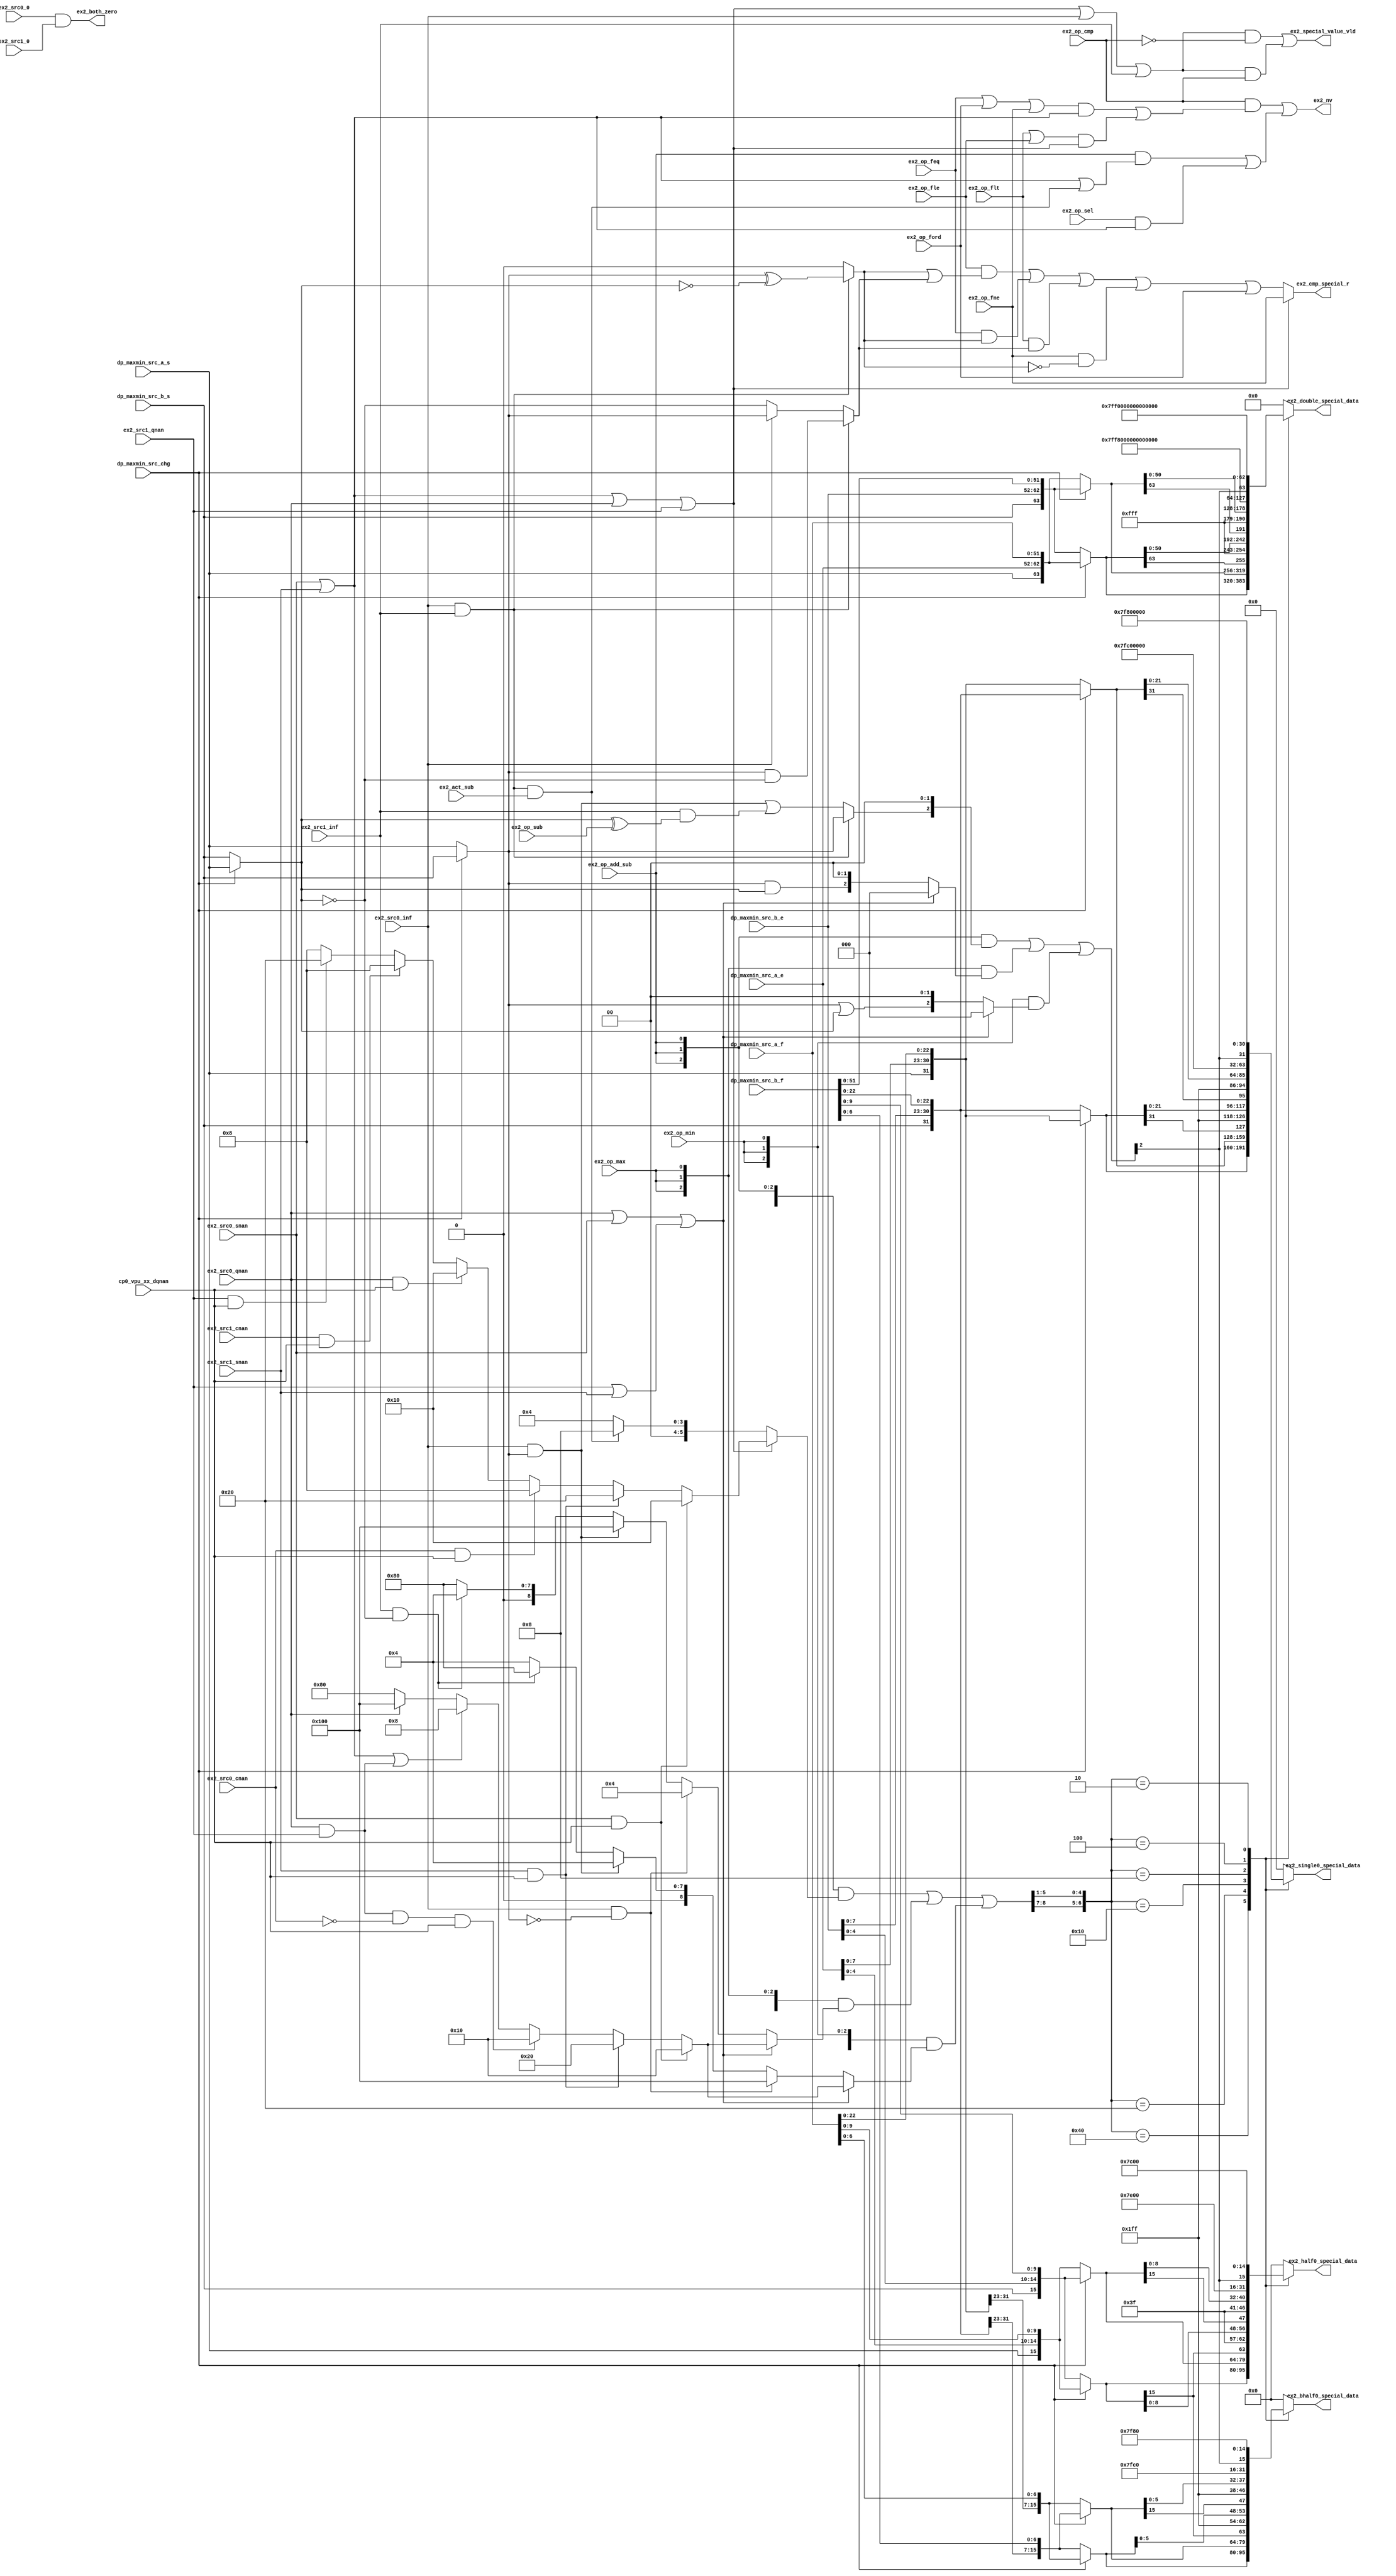
// This program was cloned from: https://github.com/T-head-Semi/openc906
// License: Apache License 2.0

/*Copyright 2020-2021 T-Head Semiconductor Co., Ltd.

Licensed under the Apache License, Version 2.0 (the "License");
you may not use this file except in compliance with the License.
You may obtain a copy of the License at

    http://www.apache.org/licenses/LICENSE-2.0

Unless required by applicable law or agreed to in writing, software
distributed under the License is distributed on an "AS IS" BASIS,
WITHOUT WARRANTIES OR CONDITIONS OF ANY KIND, either express or implied.
See the License for the specific language governing permissions and
limitations under the License.
*/

// &ModuleBeg; @26
module aq_fadd_double_special(
  cp0_vpu_xx_dqnan,
  dp_maxmin_src_a_e,
  dp_maxmin_src_a_f,
  dp_maxmin_src_a_s,
  dp_maxmin_src_b_e,
  dp_maxmin_src_b_f,
  dp_maxmin_src_b_s,
  dp_maxmin_src_chg,
  ex2_act_sub,
  ex2_bhalf0_special_data,
  ex2_both_zero,
  ex2_cmp_special_r,
  ex2_double_special_data,
  ex2_half0_special_data,
  ex2_nv,
  ex2_op_add_sub,
  ex2_op_cmp,
  ex2_op_feq,
  ex2_op_fle,
  ex2_op_flt,
  ex2_op_fne,
  ex2_op_ford,
  ex2_op_max,
  ex2_op_min,
  ex2_op_sel,
  ex2_op_sub,
  ex2_single0_special_data,
  ex2_special_value_vld,
  ex2_src0_0,
  ex2_src0_cnan,
  ex2_src0_inf,
  ex2_src0_qnan,
  ex2_src0_snan,
  ex2_src1_0,
  ex2_src1_cnan,
  ex2_src1_inf,
  ex2_src1_qnan,
  ex2_src1_snan
);

// &Ports; @27
input           cp0_vpu_xx_dqnan;            
input   [10:0]  dp_maxmin_src_a_e;           
input   [51:0]  dp_maxmin_src_a_f;           
input           dp_maxmin_src_a_s;           
input   [10:0]  dp_maxmin_src_b_e;           
input   [52:0]  dp_maxmin_src_b_f;           
input           dp_maxmin_src_b_s;           
input           dp_maxmin_src_chg;           
input           ex2_act_sub;                 
input           ex2_op_add_sub;              
input           ex2_op_cmp;                  
input           ex2_op_feq;                  
input           ex2_op_fle;                  
input           ex2_op_flt;                  
input           ex2_op_fne;                  
input           ex2_op_ford;                 
input           ex2_op_max;                  
input           ex2_op_min;                  
input           ex2_op_sel;                  
input           ex2_op_sub;                  
input           ex2_src0_0;                  
input           ex2_src0_cnan;               
input           ex2_src0_inf;                
input           ex2_src0_qnan;               
input           ex2_src0_snan;               
input           ex2_src1_0;                  
input           ex2_src1_cnan;               
input           ex2_src1_inf;                
input           ex2_src1_qnan;               
input           ex2_src1_snan;               
output  [15:0]  ex2_bhalf0_special_data;     
output          ex2_both_zero;               
output          ex2_cmp_special_r;           
output  [63:0]  ex2_double_special_data;     
output  [15:0]  ex2_half0_special_data;      
output          ex2_nv;                      
output  [31:0]  ex2_single0_special_data;    
output          ex2_special_value_vld;       

// &Regs; @28
reg     [15:0]  ex2_bhalf0_special_data_pre; 
reg     [63:0]  ex2_double_special_data_pre; 
reg     [15:0]  ex2_half0_special_data_pre;  
reg     [31:0]  ex2_single0_special_data_pre; 
reg             ex2_special_feq_rst;         
reg             ex2_special_flt_rst;         
reg     [5 :0]  ex2_special_sel_0_a;         
reg     [5 :0]  ex2_special_sel_0_b;         
reg     [8 :0]  ex2_special_sel_1_a;         
reg     [8 :0]  ex2_special_sel_2_a;         
reg     [8 :0]  ex2_special_sel_2_b;         

// &Wires; @29
wire            cp0_vpu_xx_dqnan;            
wire    [10:0]  dp_maxmin_src_a_e;           
wire    [51:0]  dp_maxmin_src_a_f;           
wire            dp_maxmin_src_a_s;           
wire    [10:0]  dp_maxmin_src_b_e;           
wire    [52:0]  dp_maxmin_src_b_f;           
wire            dp_maxmin_src_b_s;           
wire            dp_maxmin_src_chg;           
wire            ex2_act_sub;                 
wire    [15:0]  ex2_bhalf0_special_data;     
wire    [6 :0]  ex2_bhalf0_src1_f;           
wire            ex2_both_zero;               
wire            ex2_cmp_nv;                  
wire            ex2_cmp_special_r;           
wire    [63:0]  ex2_double_special_data;     
wire    [51:0]  ex2_double_src1_f;           
wire    [15:0]  ex2_half0_special_data;      
wire    [9 :0]  ex2_half0_src1_f;            
wire            ex2_nv;                      
wire            ex2_nv_add_sub;              
wire            ex2_nv_eq;                   
wire            ex2_nv_inf;                  
wire            ex2_nv_lt_le;                
wire            ex2_nv_sel;                  
wire            ex2_op_add_sub;              
wire            ex2_op_cmp;                  
wire            ex2_op_feq;                  
wire            ex2_op_fle;                  
wire            ex2_op_flt;                  
wire            ex2_op_fne;                  
wire            ex2_op_ford;                 
wire            ex2_op_max;                  
wire            ex2_op_min;                  
wire            ex2_op_sel;                  
wire            ex2_op_sub;                  
wire    [15:0]  ex2_orig_src0_bhalf;         
wire    [63:0]  ex2_orig_src0_double;        
wire    [15:0]  ex2_orig_src0_half;          
wire            ex2_orig_src0_s;             
wire    [31:0]  ex2_orig_src0_single;        
wire    [15:0]  ex2_orig_src1_bhalf;         
wire    [63:0]  ex2_orig_src1_double;        
wire    [15:0]  ex2_orig_src1_half;          
wire            ex2_orig_src1_s;             
wire    [31:0]  ex2_orig_src1_single;        
wire            ex2_r_inf_sign_0_a;          
wire            ex2_r_inf_sign_0_b;          
wire            ex2_r_inf_sign_0_c;          
wire            ex2_r_inf_sign_2_a;          
wire            ex2_r_inf_sign_2_b;          
wire    [31:0]  ex2_single0_special_data;    
wire    [22:0]  ex2_single0_src1_f;          
wire            ex2_special_fle_rst;         
wire            ex2_special_inf_rst;         
wire    [6 :0]  ex2_special_sel;             
wire    [5 :0]  ex2_special_sel_0;           
wire    [8 :0]  ex2_special_sel_1;           
wire    [8 :0]  ex2_special_sel_2;           
wire    [8 :0]  ex2_special_sel_final_t;     
wire    [2 :0]  ex2_special_sign_0;          
wire    [2 :0]  ex2_special_sign_1;          
wire    [2 :0]  ex2_special_sign_1_a;        
wire    [2 :0]  ex2_special_sign_2;          
wire    [2 :0]  ex2_special_sign_2_a;        
wire    [2 :0]  ex2_special_sign_2_b;        
wire    [2 :0]  ex2_special_sign_final;      
wire            ex2_special_value_vld;       
wire            ex2_src0_0;                  
wire    [31:0]  ex2_src0_bhalf;              
wire            ex2_src0_cnan;               
wire    [63:0]  ex2_src0_double;             
wire    [10:0]  ex2_src0_e;                  
wire    [51:0]  ex2_src0_f;                  
wire    [31:0]  ex2_src0_half;               
wire            ex2_src0_inf;                
wire            ex2_src0_nan;                
wire            ex2_src0_qnan;               
wire            ex2_src0_s;                  
wire    [31:0]  ex2_src0_single;             
wire            ex2_src0_snan;               
wire            ex2_src1_0;                  
wire    [31:0]  ex2_src1_bhalf;              
wire            ex2_src1_cnan;               
wire    [63:0]  ex2_src1_double;             
wire    [10:0]  ex2_src1_e;                  
wire    [31:0]  ex2_src1_half;               
wire            ex2_src1_inf;                
wire            ex2_src1_nan;                
wire            ex2_src1_qnan;               
wire            ex2_src1_s;                  
wire    [52:0]  ex2_src1_sel;                
wire    [31:0]  ex2_src1_single;             
wire            ex2_src1_snan;               
wire            ex2_src_chg;                 
wire            fadd_ex2_dp_wb_vld;          
wire            fadd_ex2_float_nv;           
wire            fadd_ex2_rtu_wb_vld;         

//special result calculation
//Add/Sub, all op is add
//|  S0  |  S1  | Result |Result Sign|Result f| Expt|
//  snan           qnan     s0            f0     nv
//         snan |  qnan     s1            f1    nv
//  qnan           qnan     s0            f0
//         qnan    qnan     s1            f1
//   inf   no inf  inf      s0            f0
//   inf    inf    inf      s0
//  no inf  inf    inf      s1            f1
//   inf  - inf    cnan                          nv
//CMP
//|  S0  |  S1  | Result |Result Sign|Result f| Expt|
//  snan            0                            nv
//         snan     0                            nv
//  qnan            0
//         qnan     0
//
//MAX/MIN
//|  S0  |  S1  | Result |Result Sign|Result f| Expt|
//  snan   qnan    snan                          nv
//  snan    nm     qnan                          nv
//  nm     snan    qnan                          nv
//  qnan    nm      nm
//  nm     qnan     nm
// Tips:cnan seem as qnan in op

//assign ex2_src_a_f[52:0]              = dp_maxmin_src_a_f[52:0];
//assign ex2_src_a_e[10:0]              = dp_maxmin_src_a_e[10:0];
//assign ex2_src_a_s                    = dp_maxmin_src_a_s;
//assign ex2_src1_sel[63:0]             = dp_maxmin_src_b[63:0];
assign ex2_src0_f[51:0]              = dp_maxmin_src_a_f[51:0];
assign ex2_src0_e[10:0]              = dp_maxmin_src_a_e[10:0];
assign ex2_src0_s                    = dp_maxmin_src_a_s;
//assign ex2_src1_sel[63:0]             = dp_maxmin_src_b[63:0];

assign ex2_src_chg                    = dp_maxmin_src_chg;
assign ex2_src1_e[10:0]               = dp_maxmin_src_b_e[10:0];
assign ex2_src1_sel[52:0]             = dp_maxmin_src_b_f[52:0];
assign ex2_src1_s                     = dp_maxmin_src_b_s;

//assign ex2_src_chg                    = dp_maxmin_src_chg;

assign ex2_double_src1_f[51:0]        = ex2_src1_sel[51:0];
assign ex2_single0_src1_f[22:0]       = ex2_src1_sel[22:0];
assign ex2_half0_src1_f[9:0]          = ex2_src1_sel[9:0];
assign ex2_bhalf0_src1_f[6:0]         = ex2_src1_sel[6:0];


assign ex2_src0_double[63:0]     = {ex2_src0_s, ex2_src0_e[10:0], ex2_src0_f[51:0]};
assign ex2_src0_single[31:0]     = {ex2_src0_s, ex2_src0_e[ 7:0], ex2_src0_f[22:0]};
assign ex2_src0_half[31:0]       = {16'hffff,ex2_src0_s, ex2_src0_e[ 4:0], ex2_src0_f[9:0]};
assign ex2_src0_bhalf[31:0]      = {16'hffff,ex2_src0_s, ex2_src0_e[ 7:0], ex2_src0_f[6:0]};
                                           
assign ex2_src1_double[63:0]     = {ex2_src1_s, ex2_src1_e[10:0], ex2_double_src1_f[51:0]};
assign ex2_src1_single[31:0]     = {ex2_src1_s, ex2_src1_e[7:0], ex2_single0_src1_f[22:0]};
assign ex2_src1_half[31:0]       = {16'hffff,ex2_src1_s, ex2_src1_e[ 4:0], ex2_half0_src1_f[9:0]};
assign ex2_src1_bhalf[31:0]      = {16'hffff,ex2_src1_s, ex2_src1_e[ 7:0], ex2_bhalf0_src1_f[6:0]};


assign ex2_src0_nan  = ex2_src0_qnan || ex2_src0_snan;
assign ex2_src1_nan  = ex2_src1_qnan || ex2_src1_snan;

assign ex2_both_zero = ex2_src0_0 && ex2_src1_0;


assign ex2_nv_add_sub = ex2_src0_snan || ex2_src1_snan || (ex2_src0_inf && ex2_src1_inf) && ex2_act_sub;
assign ex2_nv_inf     = (ex2_src0_inf && ex2_src1_inf) && ex2_act_sub;
assign ex2_nv_lt_le   = ex2_src0_snan || ex2_src1_snan || ex2_src0_qnan || ex2_src1_qnan;
assign ex2_nv_eq      = ex2_src0_snan || ex2_src1_snan;
assign ex2_nv_sel     = ex2_src0_snan || ex2_src1_snan;
assign ex2_orig_src0_s = ex2_src_chg ? ex2_src1_s : ex2_src0_s;
assign ex2_orig_src1_s = ex2_src_chg ? ex2_src0_s : ex2_src1_s;

// for add/sub nan
// qnan_src1,qnan_src0,cnan,inf,zero,src2, 6 bit
// &CombBeg; @106
always @( ex2_src0_snan
       or ex2_src1_snan
       or ex2_src0_cnan
       or ex2_src0_qnan
       or ex2_src1_cnan
       or ex2_src1_qnan
       or cp0_vpu_xx_dqnan)
begin
if(ex2_src0_snan && cp0_vpu_xx_dqnan)
  ex2_special_sel_0_a[5:0] = {1'b0, 1'b1, 4'b0};  // src0_qnan
else if(ex2_src1_snan && cp0_vpu_xx_dqnan)
  ex2_special_sel_0_a[5:0] = {1'b1, 5'b0};        // src1_qnan
else if(ex2_src0_cnan && cp0_vpu_xx_dqnan)
  ex2_special_sel_0_a[5:0] = {2'b0, 1'b1, 3'b0};  // cnan
else if(ex2_src0_qnan  && cp0_vpu_xx_dqnan)
  ex2_special_sel_0_a[5:0] = {1'b0, 1'b1, 4'b0};  // src0_qnan
else if(ex2_src1_cnan  && cp0_vpu_xx_dqnan)
  ex2_special_sel_0_a[5:0] = {2'b0, 1'b1, 3'b0};  // cnan
else if(ex2_src1_qnan  && cp0_vpu_xx_dqnan)
  ex2_special_sel_0_a[5:0] = {1'b1, 5'b0};        // src1_qnan
else
  ex2_special_sel_0_a[5:0] = {2'b0, 1'b1, 3'b0};
// &CombEnd; @121
end

// for add/sub inf
// falu,qnan_src2,qnan_src1,qnan_src0,cnan,inf,zero,src2, 8 bit
// &CombBeg; @125
always @( ex2_nv_inf)
begin
  if(ex2_nv_inf)
    ex2_special_sel_0_b[5:0] = {2'b0, 1'b1, 3'b0}; // inf - inf, rst is cnan
  else
    ex2_special_sel_0_b[5:0] = {3'b0, 1'b1, 2'b0}; // inf
// &CombEnd; @130
end
assign ex2_special_sel_0[5:0] = ex2_nv_lt_le ? ex2_special_sel_0_a[5:0] : ex2_special_sel_0_b[5:0];

// for both inf
assign ex2_r_inf_sign_0_b      = ex2_orig_src0_s;
// for only one inf
assign ex2_r_inf_sign_0_a      = ex2_src0_inf && ex2_orig_src0_s || ex2_src1_inf && (ex2_orig_src1_s ^ ex2_op_sub);
// merge two situation
assign ex2_r_inf_sign_0_c      = ex2_src0_inf && ex2_src1_inf ? ex2_r_inf_sign_0_b : ex2_r_inf_sign_0_a;
assign ex2_special_sign_0[2:0] = {ex2_r_inf_sign_0_c,2'b0};



// for max/min, has nan
// src1, src0, qnan_src2,qnan_src1,qnan_src0,cnan,inf,zero,src2
// &CombBeg; @145
always @( ex2_src0_snan
       or ex2_src1_snan
       or ex2_src0_qnan
       or ex2_src1_qnan
       or ex2_src0_cnan
       or cp0_vpu_xx_dqnan)
begin
if(ex2_src0_snan && cp0_vpu_xx_dqnan)
  ex2_special_sel_1_a[8:0] = {4'b0, 1'b1, 4'b0};  // qnan_src0
else if(ex2_src1_snan && cp0_vpu_xx_dqnan)
  ex2_special_sel_1_a[8:0] = {3'b0, 1'b1, 5'b0};  // qnan_src1
else if(ex2_src0_qnan && ex2_src1_qnan && !ex2_src0_cnan && cp0_vpu_xx_dqnan)
  ex2_special_sel_1_a[8:0] = {4'b0, 1'b1, 4'b0};  // qnan_src0
else if(ex2_src0_snan || ex2_src1_snan || ex2_src0_qnan && ex2_src1_qnan)
  ex2_special_sel_1_a[8:0] = {5'b0, 1'b1, 3'b0};  // cnan
else if(ex2_src0_qnan)
  ex2_special_sel_1_a[8:0] = {1'b1, 1'b0, 7'b0};  // src1
else// if(ex2_src1_qnan)
  ex2_special_sel_1_a[8:0] = {1'b0, 1'b1, 7'b0};  // src0
// &CombEnd; @158
end

assign ex2_special_sign_1_a[2:0] = 3'b0;


// max inf
// 8      7   
// src1, src0, qnan_src1,qnan_src0,cnan,inf,zero,src2
// &CombBeg; @166
always @( ex2_orig_src0_s
       or ex2_src0_inf
       or ex2_orig_src1_s
       or ex2_src1_inf)
begin
if(ex2_src0_inf && !ex2_orig_src0_s)
  ex2_special_sel_2_a[8:0] = {6'b0, 1'b1, 2'b0}; // +inf
else if(ex2_src0_inf && ex2_orig_src0_s)
  ex2_special_sel_2_a[8:0] = {1'b1, 8'b0};       // src1
else if(ex2_src1_inf && !ex2_orig_src1_s)
  ex2_special_sel_2_a[8:0] = {6'b0, 1'b1, 2'b0}; // +inf
else //if(ex2_src1_inf && ex2_orig_src1_s)
  ex2_special_sel_2_a[8:0] = {1'b0, 1'b1, 7'b0}; // src0
// &CombEnd; @175
end
assign ex2_r_inf_sign_2_a        = ex2_orig_src0_s && ex2_orig_src1_s;
assign ex2_special_sign_2_a[2:0] = {ex2_r_inf_sign_2_a, 2'b0};

// min inf
// src1, src0, qnan_src1,qnan_src0,cnan,inf,zero,src2
// &CombBeg; @181
always @( ex2_orig_src0_s
       or ex2_src0_inf
       or ex2_orig_src1_s
       or ex2_src1_inf)
begin
if(ex2_src0_inf && !ex2_orig_src0_s)
  ex2_special_sel_2_b[8:0] = {1'b1, 8'b0};       // src1
else if(ex2_src0_inf && ex2_orig_src0_s)
  ex2_special_sel_2_b[8:0] = {6'b0, 1'b1, 2'b0}; // -inf
else if(ex2_src1_inf && !ex2_orig_src1_s)
  ex2_special_sel_2_b[8:0] = {1'b0, 1'b1, 7'b0}; // src0
else //if(ex2_src1_inf && ex2_orig_src1_s)
  ex2_special_sel_2_b[8:0] = {6'b0, 1'b1, 2'b0}; // -inf
// &CombEnd; @190
end
assign ex2_r_inf_sign_2_b        =  ex2_orig_src0_s || ex2_orig_src1_s;
assign ex2_special_sign_2_b[2:0] = {ex2_r_inf_sign_2_b, 2'b0};

//max result merge
assign ex2_special_sel_1[8:0]  = (ex2_src0_nan || ex2_src1_nan) ? ex2_special_sel_1_a[8:0]  : ex2_special_sel_2_a[8:0];
assign ex2_special_sign_1[2:0] = (ex2_src0_nan || ex2_src1_nan) ? ex2_special_sign_1_a[2:0] : ex2_special_sign_2_a[2:0];

//min result merge
assign ex2_special_sel_2[8:0]  = (ex2_src0_nan || ex2_src1_nan) ? ex2_special_sel_1_a[8:0]  : ex2_special_sel_2_b[8:0];
assign ex2_special_sign_2[2:0] = (ex2_src0_nan || ex2_src1_nan) ? ex2_special_sign_1_a[2:0] : ex2_special_sign_2_b[2:0];

//assign ex2_special_sel_final[7:0]   = {|ex2_special_sel_final_t[8:7], ex2_special_sel_final_t[6:0]};
assign ex2_special_sel_final_t[8:0] = {9{ex2_op_add_sub}} & {3'b0, ex2_special_sel_0[5:0]} |
                                      {9{ex2_op_max}}     & ex2_special_sel_1[8:0]         |
                                      {9{ex2_op_min}}     & ex2_special_sel_2[8:0];
assign ex2_special_sign_final[2:0]  = {3{ex2_op_add_sub}} & ex2_special_sign_0[2:0] |
                                      {3{ex2_op_max}}     & ex2_special_sign_1[2:0] |
                                      {3{ex2_op_min}}     & ex2_special_sign_2[2:0];

//src1, src0, qnan_src2,qnan_src1,qnan_src0,cnan,inf,zero,src2

assign ex2_special_sel[6:0] = {ex2_special_sel_final_t[8:7],ex2_special_sel_final_t[5:1]};
assign ex2_orig_src1_double[63:0] = ex2_src_chg ? ex2_src0_double[63:0] : ex2_src1_double[63:0];
assign ex2_orig_src0_double[63:0] = ex2_src_chg ? ex2_src1_double[63:0] : ex2_src0_double[63:0];
assign ex2_orig_src1_single[31:0] = ex2_src_chg ? ex2_src0_single[31:0] : ex2_src1_single[31:0];
assign ex2_orig_src0_single[31:0] = ex2_src_chg ? ex2_src1_single[31:0] : ex2_src0_single[31:0];
assign ex2_orig_src1_half[15:0]   = ex2_src_chg ? ex2_src0_half[15:0]   : ex2_src1_half[15:0];
assign ex2_orig_src0_half[15:0]   = ex2_src_chg ? ex2_src1_half[15:0]   : ex2_src0_half[15:0];
assign ex2_orig_src1_bhalf[15:0]  = ex2_src_chg ? ex2_src0_bhalf[15:0]  : ex2_src1_bhalf[15:0];
assign ex2_orig_src0_bhalf[15:0]  = ex2_src_chg ? ex2_src1_bhalf[15:0]  : ex2_src0_bhalf[15:0];
//src1, src0, qnan_src1,qnan_src0,cnan,inf,zero,
// &CombBeg; @222
always @( ex2_orig_src0_double[63:0]
       or ex2_orig_src1_double[63:0]
       or ex2_orig_src1_single[31:0]
       or ex2_orig_src0_half[15:0]
       or ex2_orig_src1_half[15:0]
       or ex2_special_sign_final[2]
       or ex2_orig_src0_bhalf[15:0]
       or ex2_orig_src0_single[31:0]
       or ex2_orig_src1_bhalf[15:0]
       or ex2_special_sel[6:0])
begin
case(ex2_special_sel[6:0])
7'h40: begin
        ex2_double_special_data_pre[63:0]   = ex2_orig_src1_double[63:0];
        ex2_single0_special_data_pre[31:0]  = ex2_orig_src1_single[31:0];
        ex2_half0_special_data_pre[15:0]    = ex2_orig_src1_half[15:0];
        ex2_bhalf0_special_data_pre[15:0]   = ex2_orig_src1_bhalf[15:0];
        end
7'h20: begin
        ex2_double_special_data_pre[63:0]   = ex2_orig_src0_double[63:0];
        ex2_single0_special_data_pre[31:0]  = ex2_orig_src0_single[31:0];
        ex2_half0_special_data_pre[15:0]    = ex2_orig_src0_half[15:0];
        ex2_bhalf0_special_data_pre[15:0]   = ex2_orig_src0_bhalf[15:0];
        end
7'h10: begin
        ex2_double_special_data_pre[63:0]   = {ex2_orig_src1_double[63],{11{1'b1}},1'b1,ex2_orig_src1_double[50:0]};
        ex2_single0_special_data_pre[31:0]  =  {ex2_orig_src1_single[31],{8{1'b1}},1'b1,ex2_orig_src1_single[21:0]}; 
        ex2_half0_special_data_pre[15:0]    =  {ex2_orig_src1_half[15],{5{1'b1}},1'b1,ex2_orig_src1_half[8:0]};
        ex2_bhalf0_special_data_pre[15:0]   =  {ex2_orig_src1_half[15],{8{1'b1}},1'b1,ex2_orig_src1_bhalf[5:0]};
        end 
7'h8: begin
        ex2_double_special_data_pre[63:0]   = {ex2_orig_src0_double[63],{11{1'b1}},1'b1,ex2_orig_src0_double[50:0]};
        ex2_single0_special_data_pre[31:0]  = {ex2_orig_src0_single[31],{8{1'b1}},1'b1,ex2_orig_src0_single[21:0]};
        ex2_half0_special_data_pre[15:0]    = {ex2_orig_src0_half[15],{5{1'b1}},1'b1,ex2_orig_src0_half[8:0]};
        ex2_bhalf0_special_data_pre[15:0]   = {ex2_orig_src0_bhalf[15],{8{1'b1}},1'b1,ex2_orig_src0_bhalf[5:0]};
        end        
7'h4: begin
        ex2_double_special_data_pre[63:0]   = { 1'b0, {11{1'b1}},1'b1, {51{1'b0}} };
        ex2_single0_special_data_pre[31:0]  = { 1'b0, {8{1'b1}},1'b1, {22{1'b0}} };
        ex2_half0_special_data_pre[15:0]   = { 1'b0, {5{1'b1}},1'b1, {9{1'b0}} };
        ex2_bhalf0_special_data_pre[15:0]   = { 1'b0, {8{1'b1}},1'b1, {6{1'b0}} };
        end        
7'h2: begin
        ex2_double_special_data_pre[63:0]   = {ex2_special_sign_final[2],{11{1'b1}},52'b0};
        ex2_single0_special_data_pre[31:0]  = {ex2_special_sign_final[2],{8{1'b1}},23'b0};
        ex2_half0_special_data_pre[15:0]    = {ex2_special_sign_final[2],{5{1'b1}},10'b0};
        ex2_bhalf0_special_data_pre[15:0]   = {ex2_special_sign_final[2],{8{1'b1}},7'b0};
        end        
default: begin
        ex2_double_special_data_pre[63:0]   = 64'h0;
        ex2_single0_special_data_pre[31:0]  = 32'h0;
        ex2_half0_special_data_pre[15:0]   = 16'h0;
        ex2_bhalf0_special_data_pre[15:0]   = 16'h0;
        end  
endcase
// &CombEnd; @267
end
assign ex2_double_special_data[63:0]     = ex2_double_special_data_pre[63:0];
assign ex2_single0_special_data[31:0]    = ex2_single0_special_data_pre[31:0];
assign ex2_half0_special_data[15:0]      = ex2_half0_special_data_pre[15:0];
assign ex2_bhalf0_special_data[15:0]     = ex2_bhalf0_special_data_pre[15:0];



//------------------------------------------------------------------------------
//                    EX2 compare special result:
//------------------------------------------------------------------------------
//cmp instruction
//if src0 or src1 is nan, rst is 0, so just need focus on inf

//flt
// &CombBeg; @282
always @( ex2_src0_inf
       or ex2_src1_inf
       or ex2_orig_src0_s
       or ex2_orig_src1_s)
begin
if(ex2_src0_inf && ex2_src1_inf)
  ex2_special_flt_rst = ex2_orig_src0_s && !ex2_orig_src1_s;
else if(ex2_src0_inf)
  ex2_special_flt_rst = ex2_orig_src0_s;
else//if (ex2_src1_inf)
  ex2_special_flt_rst = !ex2_orig_src1_s;
// &CombEnd; @289
end

//feq
// &CombBeg; @292
always @( ex2_src0_inf
       or ex2_src1_inf
       or ex2_orig_src0_s
       or ex2_orig_src1_s)
begin
if(ex2_src0_inf && ex2_src1_inf)
  ex2_special_feq_rst = ex2_orig_src0_s ^ ~ex2_orig_src1_s;
else //if only one inf
  ex2_special_feq_rst = 1'b0;
// &CombEnd; @297
end

//fle
assign ex2_special_fle_rst = ex2_special_feq_rst || ex2_special_flt_rst;
assign ex2_special_inf_rst = ex2_op_fle & ex2_special_fle_rst | 
                             ex2_op_feq & ex2_special_feq_rst | 
                             ex2_op_flt & ex2_special_flt_rst | 
                             ex2_op_fne & !ex2_special_feq_rst| ex2_op_ford;
assign ex2_cmp_special_r   = ex2_nv_lt_le ? ex2_op_fne : ex2_special_inf_rst;


//------------------------------------------------------------------------------
//                   the invalid operation 
//------------------------------------------------------------------------------
assign fadd_ex2_float_nv          = ex2_op_add_sub && ex2_nv_add_sub || ex2_op_sel && ex2_nv_sel;
assign fadd_ex2_dp_wb_vld         = (ex2_nv_lt_le || ex2_src0_inf || ex2_src1_inf) && !ex2_op_cmp;
assign fadd_ex2_rtu_wb_vld        = (ex2_nv_lt_le || ex2_src0_inf || ex2_src1_inf) && ex2_op_cmp;

assign ex2_cmp_nv                 = ex2_op_cmp && ((ex2_op_feq || ex2_op_ford || ex2_op_fne) && ex2_nv_eq || 
                                                   (ex2_op_flt || ex2_op_fle ) && ex2_nv_lt_le) ;
assign ex2_nv                     = ex2_cmp_nv || fadd_ex2_float_nv;
assign ex2_special_value_vld      = fadd_ex2_dp_wb_vld || fadd_ex2_rtu_wb_vld;

// &ModuleEnd; @324
endmodule